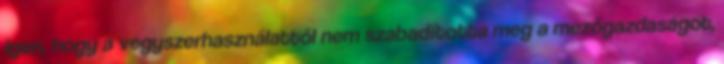
igen, hogy a vegyszerhasználattól nem szabadította meg a mezőgazdaságot,